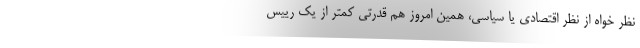
نظر خواه از نظر اقتصادی یا سیاسی، همین امروز هم قدرتی کمتر از یک رییس